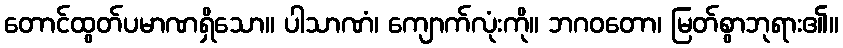
တောင်ထွတ်ပမာဏရှိသော။ ပါသာဏံ၊ ကျောက်လုံးကို။ ဘဂဝတော၊ မြတ်စွာဘုရား၏။